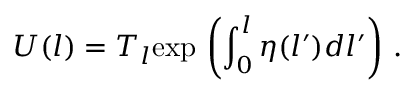
U ( l ) = T _ { l } \mathrm { e x p } \, \left( \int _ { 0 } ^ { l } \eta ( l ^ { \prime } ) d l ^ { \prime } \right) \, .